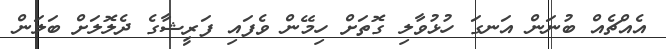
އެއްޗެއް ބުނަން އަނގަ ހުޅުވާލި ގޮތަށް ހިމޭން ވެފައި ފަރީޝާގެ ދެލޮލަށް ބަލަން